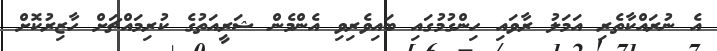
އެ ނުރައްކާތެރި އަމަލު ރާވައި ހިންގުމުގައި ބައިވެރިވި އެންމެން ޝަރީއަތުގެ ކުރިމައްޗަށް ހާޒިރުކޮށް